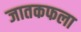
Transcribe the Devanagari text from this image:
जातकफला